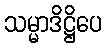
သမ္မာဒိဋ္ဌိပေ